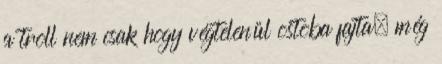
a troll nem csak hogy végtelenül ostoba fajta, még